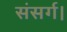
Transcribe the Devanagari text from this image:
संसर्ग।